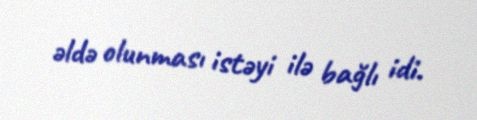
əldə olunması istəyi ilə bağlı idi.